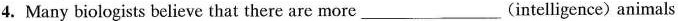
4. Many biologists believe that there are more ___ (intelligence) animals